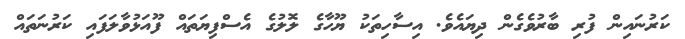
ކަރުނައިން ފުރި ބާރުވެގެން ދިޔައެެވެ. އިސާހިތަކު ޔޫހާގެ ލޮލުގެ އެސްފިޔަތައް ފޫއަޅުވާލަފައި ކަރުނަތައް